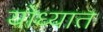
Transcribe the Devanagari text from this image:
योध्यात